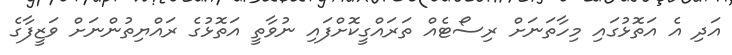
އަދި އެ އަތޮޅުގައި މިހާތަނަށް ރިސޯޓެއް ތަރައްގީކޮށްފައި ނުވާތީ އަތޮޅުގެ ރައްޔިތުންނަށް ވަޒީފާގެ